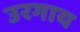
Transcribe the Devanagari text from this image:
उरगाय